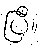
ပြီ။